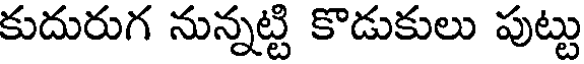
కుదురుగ నున్నట్టి కొడుకులు పుట్టు